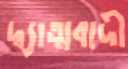
দ্ব্যাত্মবাদী